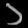
Digit: ၁